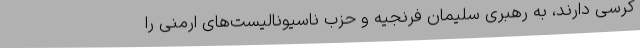
کرسی دارند، به رهبری سلیمان فرنجیه و حزب ناسیونالیست‌های ارمنی را